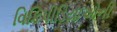
વિકિપીડિયાઓની